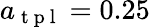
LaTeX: a_{\mathrm{~t~p~l~}}=0.25